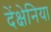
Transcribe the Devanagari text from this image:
देंक्षेनिया